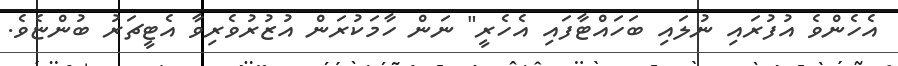
އެހެންވެ އުފުރައި ނުލައި ބަހައްޓާފައި އެހެރީ" ނަން ހާމަކުރަން އުޒުރުވެރިވާ އެޓީޗަރު ބުންޏެވެ.